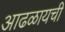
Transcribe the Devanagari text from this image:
आढळायची